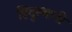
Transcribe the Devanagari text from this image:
हिदुस्थानी